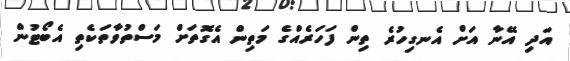
އަދި އޭނާ އަށް އެނގިހުރެ ތިން ފަހަރެއްގެ މަތިން އެގޮތަށް މަސްތުވާތަކެތި އެބޯޓުން